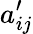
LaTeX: a_{ij}^{\prime}